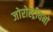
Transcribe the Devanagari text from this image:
जोरोस्ट्रीयनों